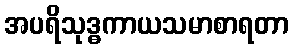
အပရိသုဒ္ဓကာယသမာစာရတာ